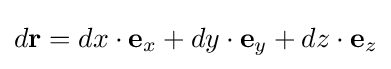
d\mathbf {r} =dx\cdot \mathbf {e} _{x}+dy\cdot \mathbf {e} _{y}+dz\cdot \mathbf {e} _{z}